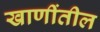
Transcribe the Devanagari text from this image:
खाणींतील